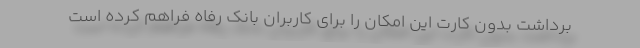
برداشت بدون کارت این امکان را برای کاربران بانک رفاه فراهم کرده است